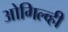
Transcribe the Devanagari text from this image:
ओगिल्व्ही